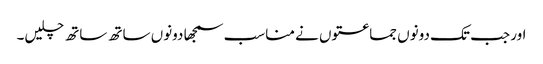
اور جب تک دونوں جماعتوں نے مناسب سمجھا دونوں ساتھ ساتھ چلیں۔